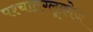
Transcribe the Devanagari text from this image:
पश्चातग्लूकोज